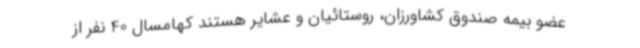
عضو بیمه صندوق کشاورزان، روستائیان و عشایر هستند کهامسال 40 نفر از